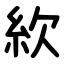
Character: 䊻